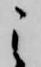
之